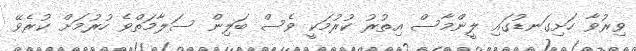
ވިރުވާ ހަށިގަނޑުގައި ލީންމާސް އިތުރު ކުރުމަކީ ވެސް ބަލިން ސަލާމަތްވެ ހުރުމަށް ކުރެވޭ